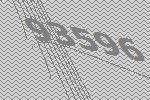
93596